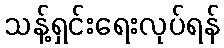
သန့်ရှင်းရေးလုပ်ရန်